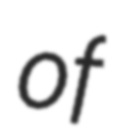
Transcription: of